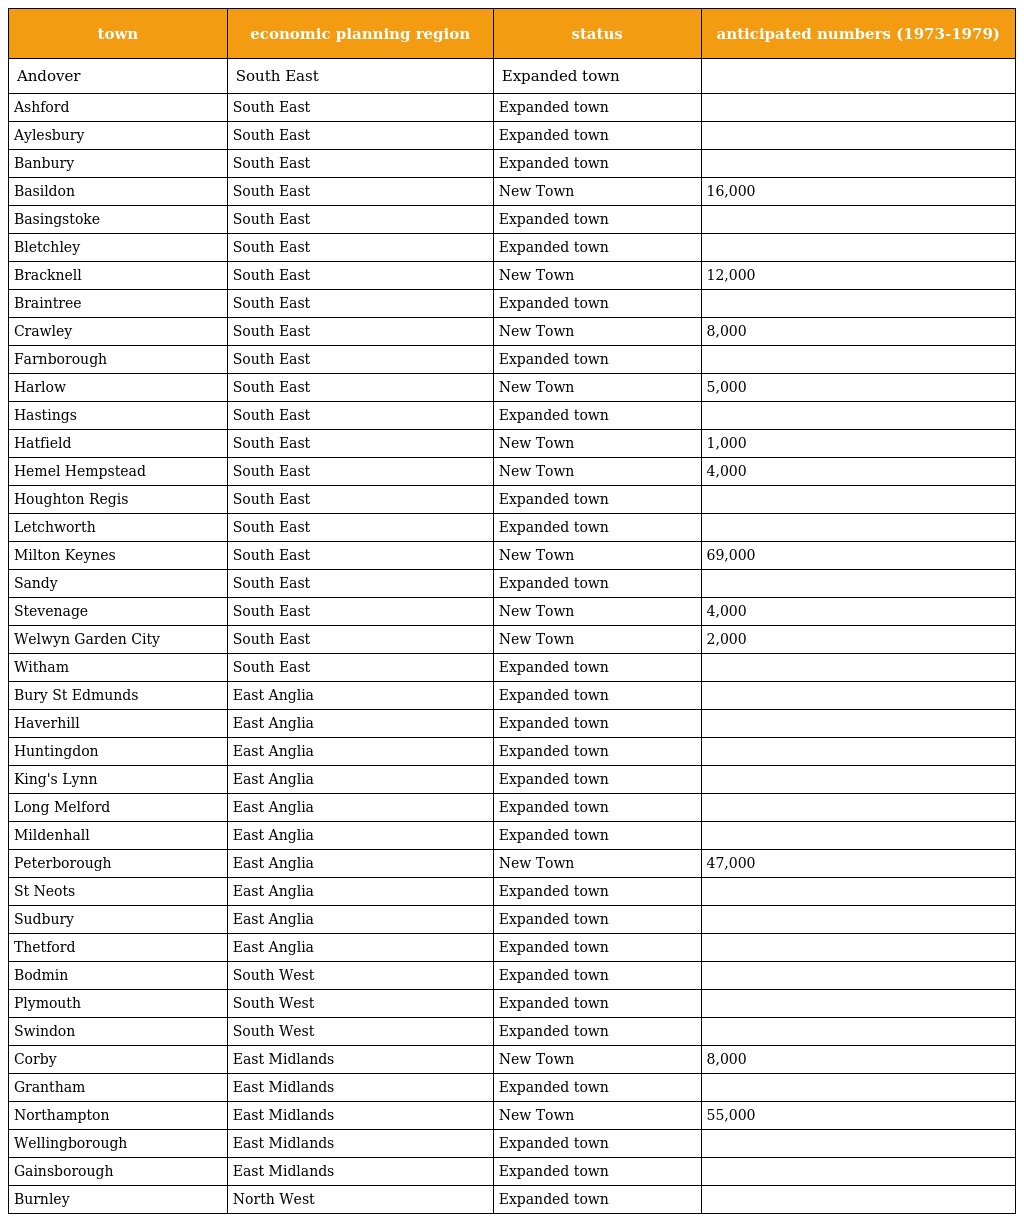
| town | economic planning region | status | anticipated numbers (1973-1979) |
 | --- | --- | --- | --- |
 | Andover | South East | Expanded town |  |
 | Ashford | South East | Expanded town |  |
 | Aylesbury | South East | Expanded town |  |
 | Banbury | South East | Expanded town |  |
 | Basildon | South East | New Town | 16,000 |
 | Basingstoke | South East | Expanded town |  |
 | Bletchley | South East | Expanded town |  |
 | Bracknell | South East | New Town | 12,000 |
 | Braintree | South East | Expanded town |  |
 | Crawley | South East | New Town | 8,000 |
 | Farnborough | South East | Expanded town |  |
 | Harlow | South East | New Town | 5,000 |
 | Hastings | South East | Expanded town |  |
 | Hatfield | South East | New Town | 1,000 |
 | Hemel Hempstead | South East | New Town | 4,000 |
 | Houghton Regis | South East | Expanded town |  |
 | Letchworth | South East | Expanded town |  |
 | Milton Keynes | South East | New Town | 69,000 |
 | Sandy | South East | Expanded town |  |
 | Stevenage | South East | New Town | 4,000 |
 | Welwyn Garden City | South East | New Town | 2,000 |
 | Witham | South East | Expanded town |  |
 | Bury St Edmunds | East Anglia | Expanded town |  |
 | Haverhill | East Anglia | Expanded town |  |
 | Huntingdon | East Anglia | Expanded town |  |
 | King's Lynn | East Anglia | Expanded town |  |
 | Long Melford | East Anglia | Expanded town |  |
 | Mildenhall | East Anglia | Expanded town |  |
 | Peterborough | East Anglia | New Town | 47,000 |
 | St Neots | East Anglia | Expanded town |  |
 | Sudbury | East Anglia | Expanded town |  |
 | Thetford | East Anglia | Expanded town |  |
 | Bodmin | South West | Expanded town |  |
 | Plymouth | South West | Expanded town |  |
 | Swindon | South West | Expanded town |  |
 | Corby | East Midlands | New Town | 8,000 |
 | Grantham | East Midlands | Expanded town |  |
 | Northampton | East Midlands | New Town | 55,000 |
 | Wellingborough | East Midlands | Expanded town |  |
 | Gainsborough | East Midlands | Expanded town |  |
 | Burnley | North West | Expanded town |  |